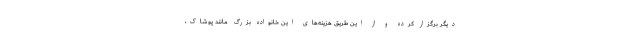
دیگر برگزار کرده و از این طریق هزینه‌های این خانواده بزرگ مانند پوشاک،